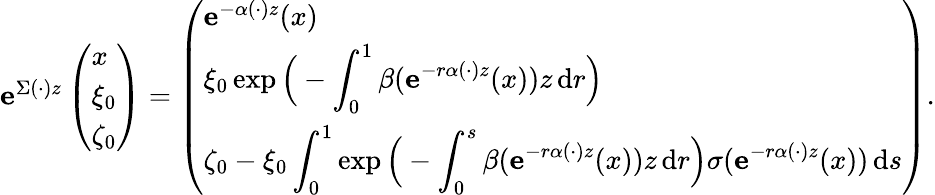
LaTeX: \begin{array}{r}{\mathbf{e}^{\Sigma(\cdot)z}\left(\begin{array}{l}{x}\\ {\xi_{0}}\\ {\zeta_{0}}\end{array}\right)=\left(\begin{array}{l}{\mathbf{e}^{-\alpha(\cdot)z}(x)}\\ {\displaystyle\xi_{0}\exp\Big(-\int_{0}^{1}\beta(\mathbf{e}^{-r\alpha(\cdot)z}(x))z\, \mathrm{d}r\Big)}\\ {\displaystyle\zeta_{0}-\xi_{0}\int_{0}^{1}\exp\Big(-\int_{0}^{s}\beta(\mathbf{e}^{-r\alpha(\cdot)z}(x))z\, \mathrm{d}r\Big)\sigma(\mathbf{e}^{-r\alpha(\cdot)z}(x))\, \mathrm{d}s}\end{array}\right).}\end{array}